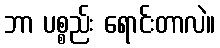
ဘာ ပစ္စည်း ရောင်းတာလဲ။